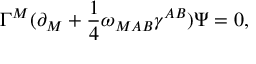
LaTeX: \Gamma ^ { M } ( \partial _ { M } + { \frac { 1 } { 4 } } \omega _ { M A B } \gamma ^ { A B } ) \Psi = 0 ,